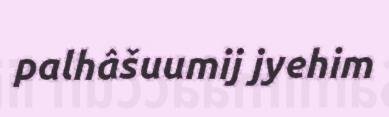
palhâšuumij jyehim